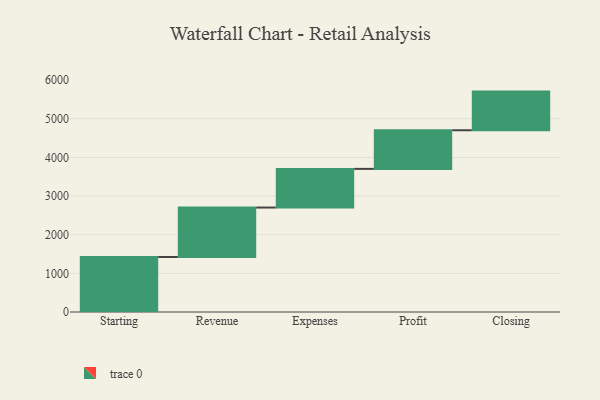
{"axis": {"x": "Step", "y": "Value"}, "legend": [""], "data": [{"x": "Starting", "y": 1423.0, "type": ""}, {"x": "Revenue", "y": 1280.0, "type": ""}, {"x": "Expenses", "y": 1000, "type": ""}, {"x": "Profit", "y": 1000, "type": ""}, {"x": "Closing", "y": 1000, "type": ""}]}